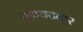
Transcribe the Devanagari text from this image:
तळवटकर